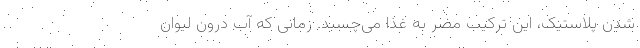
شدن پلاستیک، این ترکیب مضر به غذا می‌چسبد. زمانی که آب درون لیوان